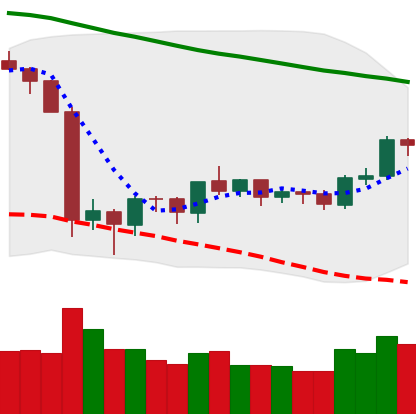
Ticker: ETH-USD
Chart end date: 2019-10-10
Forward return: -5.35%
Label: down_5_7